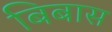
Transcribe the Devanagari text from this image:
बिबास